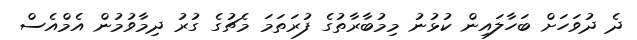
ދެ ދުވަހަށް ބަހާލައިން ކުޅުނު މިމުބާރާތުގެ ފުރަތަމަ މެޗުގެ ގުރު ދިމާވުމުން އެމްއެސް